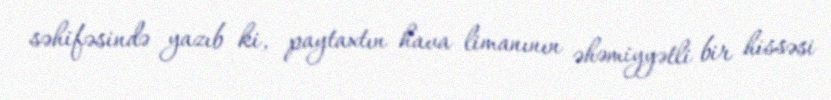
səhifəsində yazıb ki, paytaxtın hava limanının əhəmiyyətli bir hissəsi